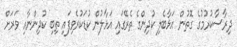
ދިރާސާކުރުމުގެ ގޮތުން އަޅާބެލި ކުދިންގެ ތެރޭގައި އަޅާލުން ކުޑަކުރެވިފައި ތިބި ކުދިންނާއި ވަރަށް